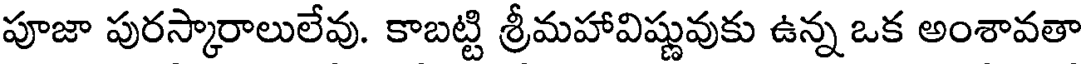
పూజా పురస్కారాలులేవు. కాబట్టి శ్రీమహావిష్ణువుకు ఉన్న ఒక అంశావతా